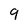
Character: 9